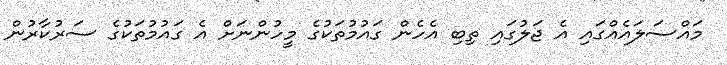
މައްސަލައެއްގައި އެ ޖަލުގައި ތިބި އެހެން ގައުމުތަކުގެ މީހުންނަށް އެ ގައުމުތަކުގެ ސަރުކާރުން